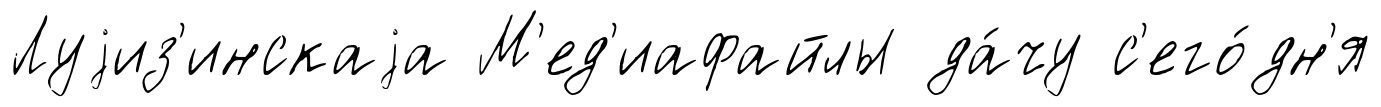
Луjиз'инскаjа М'ед'иафайлы да́чу с'его́дн'я